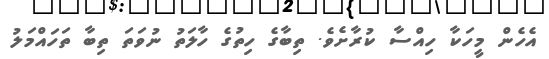
އެހެން މީހަކާ ހިއްސާ ކުރާށެވެ. ތިބާގެ ހިތުގެ ހާލަތު ނުވަތަ ތިބާ ތަހައްމަލު